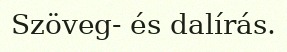
Szöveg- és dalírás.